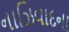
નાઝિવાદના